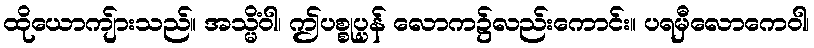
ထိုယောကျ်ားသည်။ အသ္မိံဝါ၊ ဤပစ္စုပ္ပန် လောက၌လည်းကောင်း။ ပရမှီလောကေဝါ၊